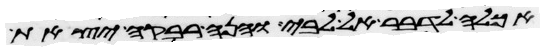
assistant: אכלה לדבר אל לבי והנה רבקה יצאת